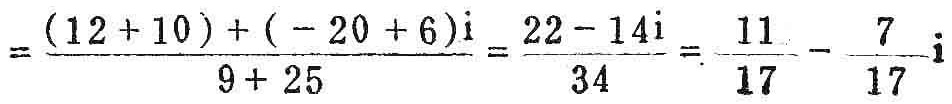
\[=\frac{(12 + 10)+(-20 + 6)\mathrm{i}}{9 + 25}=\frac{22-14\mathrm{i}}{34}=\frac{11}{17}-\frac{7}{17}\mathrm{i}\]